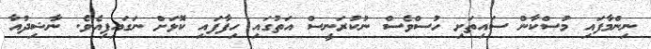
ނިންމާފައި މުސްކާން ސައިތަށި ހުސްވެސް ނުކުރަނީސް އަތުގައި ހިފާފައި ކޮޅަށް ނަގައިފިއެވެ. ނާޝިދުއާ